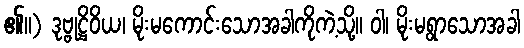
၏။) ဒုဗ္ဗုဋ္ဌိဝိယ၊ မိုးမကောင်းသောအခါကိုကဲ့သို့။ ဝါ၊ မိုးမရွာသောအခါ